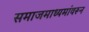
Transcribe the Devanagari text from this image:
समाजमाध्यमांवरून